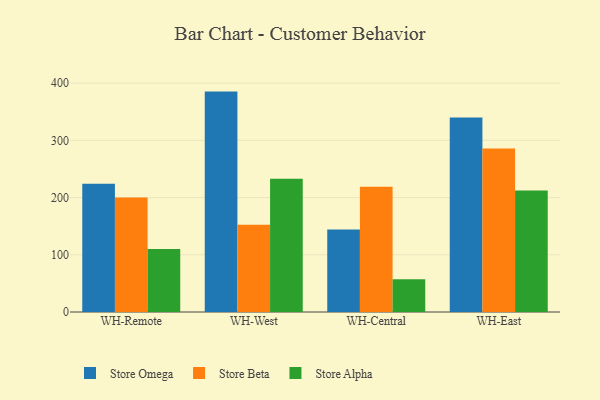
{"axis": {"x": "Warehouse", "y": "Customer Acquisition Cost (USD)"}, "legend": ["Store Alpha", "Store Beta", "Store Omega"], "data": [{"x": "WH-Remote", "y": 224.3, "type": "Store Omega"}, {"x": "WH-Remote", "y": 200.1, "type": "Store Beta"}, {"x": "WH-Remote", "y": 110.3, "type": "Store Alpha"}, {"x": "WH-West", "y": 385.2, "type": "Store Omega"}, {"x": "WH-West", "y": 152.4, "type": "Store Beta"}, {"x": "WH-West", "y": 233.1, "type": "Store Alpha"}, {"x": "WH-Central", "y": 144.2, "type": "Store Omega"}, {"x": "WH-Central", "y": 218.8, "type": "Store Beta"}, {"x": "WH-Central", "y": 57.3, "type": "Store Alpha"}, {"x": "WH-East", "y": 340.1, "type": "Store Omega"}, {"x": "WH-East", "y": 285.7, "type": "Store Beta"}, {"x": "WH-East", "y": 212.4, "type": "Store Alpha"}]}